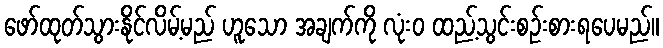
ဖော်ထုတ်သွားနိုင်လိမ့်မည် ဟူသော အချက်ကို လုံးဝ ထည့်သွင်းစဉ်းစားရပေမည်။